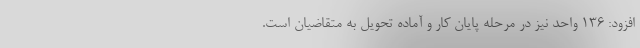
افزود: ۱۳۶ واحد نیز در مرحله پایان کار و آماده تحویل به متقاضیان است.